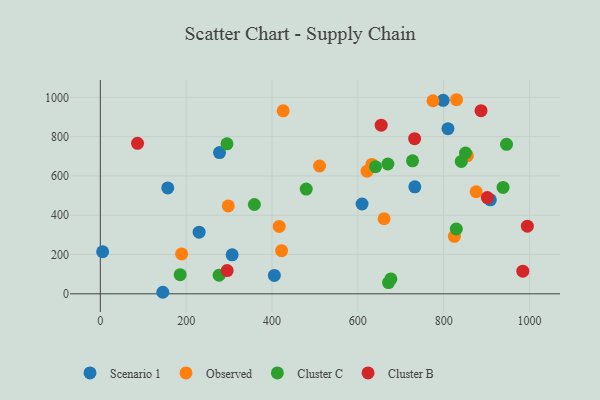
{"axis": {"x": "Experience", "y": "Demand"}, "legend": ["Cluster B", "Cluster C", "Observed", "Scenario 1"], "data": [{"x": "732.7", "y": 544.7, "type": "Scenario 1"}, {"x": "5.4", "y": 214.0, "type": "Scenario 1"}, {"x": "609.8", "y": 457.1, "type": "Scenario 1"}, {"x": "145.6", "y": 7.8, "type": "Scenario 1"}, {"x": "307.1", "y": 198.3, "type": "Scenario 1"}, {"x": "809.9", "y": 840.7, "type": "Scenario 1"}, {"x": "908.6", "y": 478.3, "type": "Scenario 1"}, {"x": "230.2", "y": 313.9, "type": "Scenario 1"}, {"x": "405.4", "y": 93.5, "type": "Scenario 1"}, {"x": "798.7", "y": 984.9, "type": "Scenario 1"}, {"x": "157.1", "y": 538.8, "type": "Scenario 1"}, {"x": "277.7", "y": 718.8, "type": "Scenario 1"}, {"x": "510.8", "y": 650.5, "type": "Observed"}, {"x": "824.8", "y": 292.8, "type": "Observed"}, {"x": "426.0", "y": 931.3, "type": "Observed"}, {"x": "298.1", "y": 447.2, "type": "Observed"}, {"x": "416.7", "y": 343.0, "type": "Observed"}, {"x": "875.6", "y": 519.6, "type": "Observed"}, {"x": "422.3", "y": 219.4, "type": "Observed"}, {"x": "632.7", "y": 658.5, "type": "Observed"}, {"x": "621.4", "y": 624.1, "type": "Observed"}, {"x": "775.0", "y": 982.8, "type": "Observed"}, {"x": "829.8", "y": 988.0, "type": "Observed"}, {"x": "855.2", "y": 703.1, "type": "Observed"}, {"x": "661.1", "y": 382.0, "type": "Observed"}, {"x": "189.4", "y": 203.2, "type": "Observed"}, {"x": "641.1", "y": 646.9, "type": "Cluster C"}, {"x": "840.9", "y": 674.0, "type": "Cluster C"}, {"x": "479.7", "y": 533.1, "type": "Cluster C"}, {"x": "669.9", "y": 660.9, "type": "Cluster C"}, {"x": "295.1", "y": 763.6, "type": "Cluster C"}, {"x": "850.8", "y": 716.9, "type": "Cluster C"}, {"x": "676.9", "y": 75.7, "type": "Cluster C"}, {"x": "938.2", "y": 541.5, "type": "Cluster C"}, {"x": "946.3", "y": 760.8, "type": "Cluster C"}, {"x": "186.0", "y": 97.2, "type": "Cluster C"}, {"x": "727.3", "y": 676.9, "type": "Cluster C"}, {"x": "829.3", "y": 330.0, "type": "Cluster C"}, {"x": "671.4", "y": 57.3, "type": "Cluster C"}, {"x": "358.9", "y": 454.6, "type": "Cluster C"}, {"x": "276.8", "y": 95.0, "type": "Cluster C"}, {"x": "886.9", "y": 932.4, "type": "Cluster B"}, {"x": "654.3", "y": 858.2, "type": "Cluster B"}, {"x": "86.7", "y": 765.9, "type": "Cluster B"}, {"x": "994.9", "y": 344.5, "type": "Cluster B"}, {"x": "295.5", "y": 118.1, "type": "Cluster B"}, {"x": "984.3", "y": 115.3, "type": "Cluster B"}, {"x": "901.6", "y": 489.7, "type": "Cluster B"}, {"x": "732.2", "y": 789.5, "type": "Cluster B"}]}